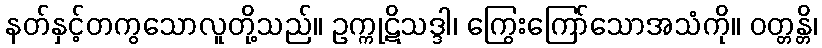
နတ်နှင့်တကွသောလူတို့သည်။ ဥက္ကုဋိသဒ္ဒါ၊ ကြွေးကြော်သောအသံကို။ ဝတ္တန္တိ၊